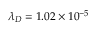
\ensuremath { \lambda } _ { D } = 1 . 0 2 \times 1 0 ^ { - 5 }